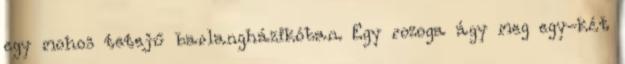
egy mohos tetejű barlangházikóban. Egy rozoga ágy meg egy-két